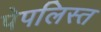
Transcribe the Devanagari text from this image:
पेपलिस्त